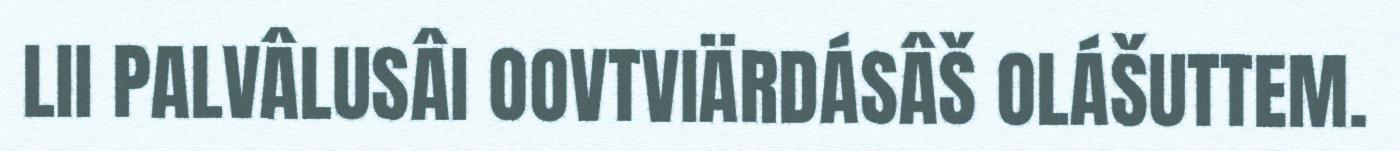
LII PALVÂLUSÂI OOVTVIÄRDÁSÂŠ OLÁŠUTTEM.